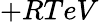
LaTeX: +RTeV